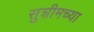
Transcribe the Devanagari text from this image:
सुशीमच्या